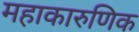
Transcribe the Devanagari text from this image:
महाकारुणिक